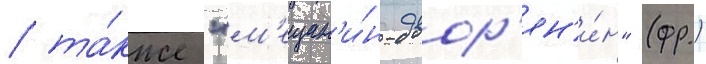
/ та́кже "м'ещан'и́н-двор'ян'и́н" (фр.)